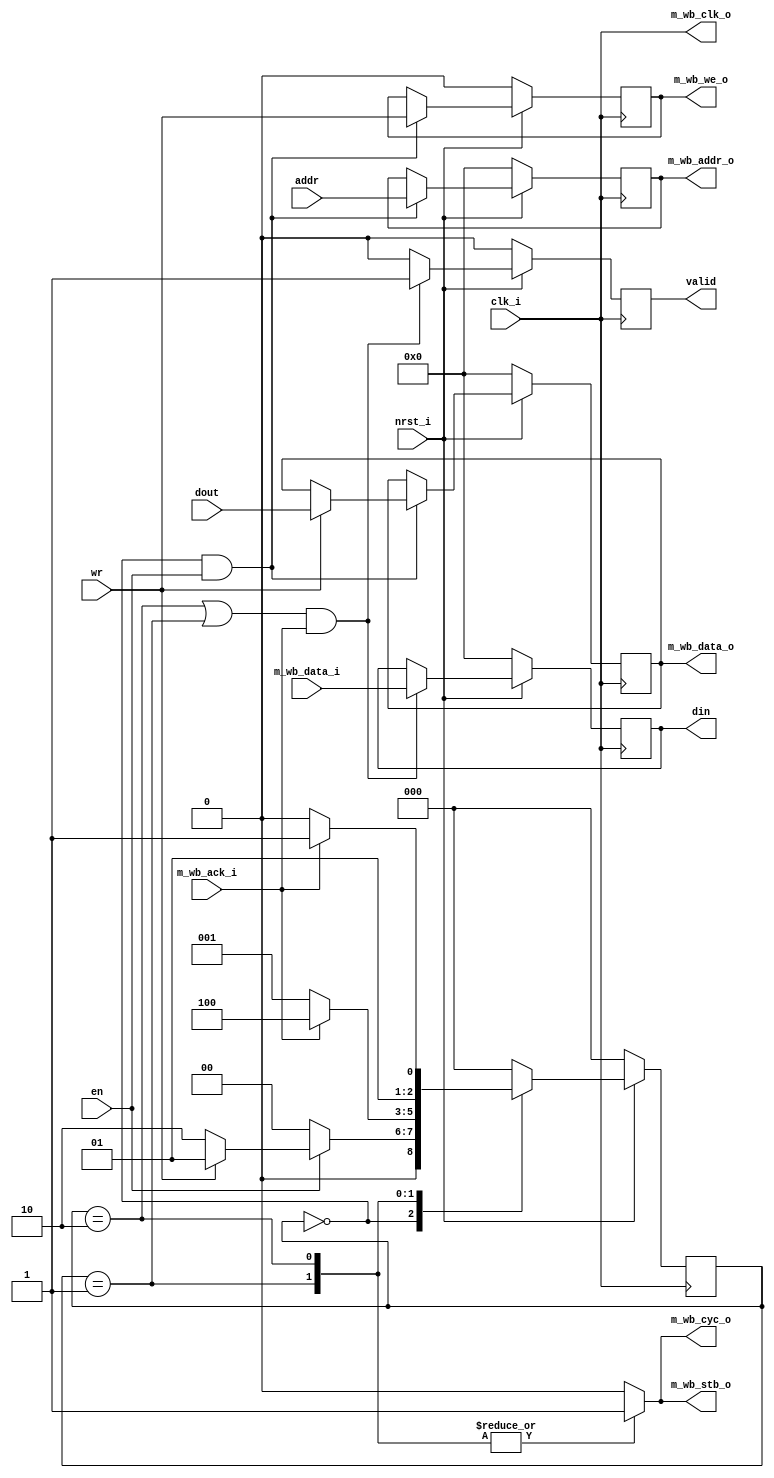
module wb_wrapper_master #(
  parameter CLKSCALE = 10, //ignored
  parameter ADDR_WID = 32,
  parameter DATA_WID = 32
  )(
  input  wire                clk_i,
  input  wire                nrst_i,

  /* wrapper interface */
  input  wire                wr,
  input  wire                en,
  input  wire [ADDR_WID-1:0] addr, 
  input  wire [DATA_WID-1:0] dout,
  output reg  [DATA_WID-1:0] din,
  output reg                 valid,

  /* wishbone interface */
  output wire                m_wb_clk_o, //use clk_i
  output wire [ADDR_WID-1:0] m_wb_addr_o,
  output wire [DATA_WID-1:0] m_wb_data_o,
  input  wire [DATA_WID-1:0] m_wb_data_i,
  output wire                m_wb_we_o,
  output wire                m_wb_cyc_o,
  output wire                m_wb_stb_o,
  input  wire                m_wb_ack_i
  );

  reg [2:0] state;
  localparam S_IDLE = 3'd0;
  localparam S_RD1  = 3'd2;
  localparam S_RD2  = 3'd3;
  localparam S_WR1   = 3'd1; 
  localparam S_WR2 = 3'd4;
  always@(posedge clk_i)
    if (!nrst_i)
      state <= S_IDLE;
    else
      case(state)
        S_IDLE:
          if (en)
            if (wr)
              state <= S_WR1;
            else
              state <= S_RD1;
          else
            state <= S_IDLE;

        S_WR1:
          if (m_wb_ack_i)
            state <= S_WR2;
          else
            state <= S_WR1;

        S_RD1:
          if (m_wb_ack_i)
            state <= S_RD2;
          else
            state <= S_RD1;

        default:
          state <= S_IDLE;
      endcase

  reg [ADDR_WID-1 : 0] m_wb_addr;
  reg [DATA_WID-1 : 0] m_wb_data;
  always@(posedge clk_i)
    if (!nrst_i) begin
      m_wb_addr <= 0;
      m_wb_data <= 0;
    end
    else
      if ((state == S_IDLE) && en) begin
        m_wb_addr <= addr;
        if (wr)
          m_wb_data <= dout;
        else
          m_wb_data <= m_wb_data;
      end
      else begin
        m_wb_addr <= m_wb_addr;
        m_wb_data <= m_wb_data;
      end

  reg m_wb_we;
  always@(posedge clk_i)
    if (!nrst_i)
      m_wb_we <= 0;
    else
      if ((state == S_IDLE) && en)
        m_wb_we <= wr;
      else
        m_wb_we <= m_wb_we;

  reg m_wb_cyc, m_wb_stb;
  always@(*)
    case(state)
      //S_RD1, S_WR1, S_RD2, S_WR2: begin
      S_RD1, S_WR1: begin
        m_wb_cyc <= 1'b1;
        m_wb_stb <= 1'b1;
      end

      default: begin
        m_wb_cyc <= 0;
        m_wb_stb <= 0;
      end
    endcase

  always@(posedge clk_i)
    if (!nrst_i) begin
      din   <= 0;
      valid <= 0;
    end
    else
      if (((state == S_RD1) || (state == S_WR1)) && m_wb_ack_i) begin
        din   <= m_wb_data_i;
        valid <= 1'b1;
      end
      else begin
        din   <= din;
        valid <= 0;
      end

  assign m_wb_addr_o = m_wb_addr;
  assign m_wb_data_o = m_wb_data;
  assign m_wb_we_o   = m_wb_we;
  assign m_wb_cyc_o  = m_wb_cyc;
  assign m_wb_stb_o  = m_wb_stb;
  assign m_wb_clk_o  = clk_i;

endmodule